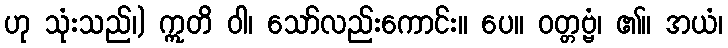
ဟု သုံးသည်၊) ဣတိ ဝါ၊ သော်လည်းကောင်း။ ပေ။ ဝတ္တဗ္ဗံ၊ ၏။ အယံ၊